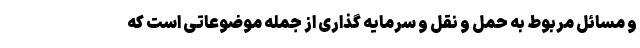
و مسائل مربوط به حمل و نقل و سرمایه گذاری از جمله موضوعاتی است که